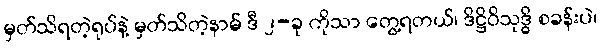
မှတ်သိရတဲ့ရုပ်နဲ့ မှတ်သိတဲ့နာမ် ဒီ ၂-ခု ကိုသာ တွေ့ရတယ်၊ ဒိဋ္ဌိဝိသုဒ္ဓိ စခန်းပဲ၊